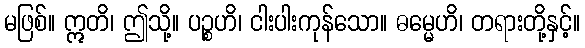
မဖြစ်။ ဣတိ၊ ဤသို့။ ပဉ္စဟိ၊ ငါးပါးကုန်သော။ ဓမ္မေဟိ၊ တရားတို့နှင့်။